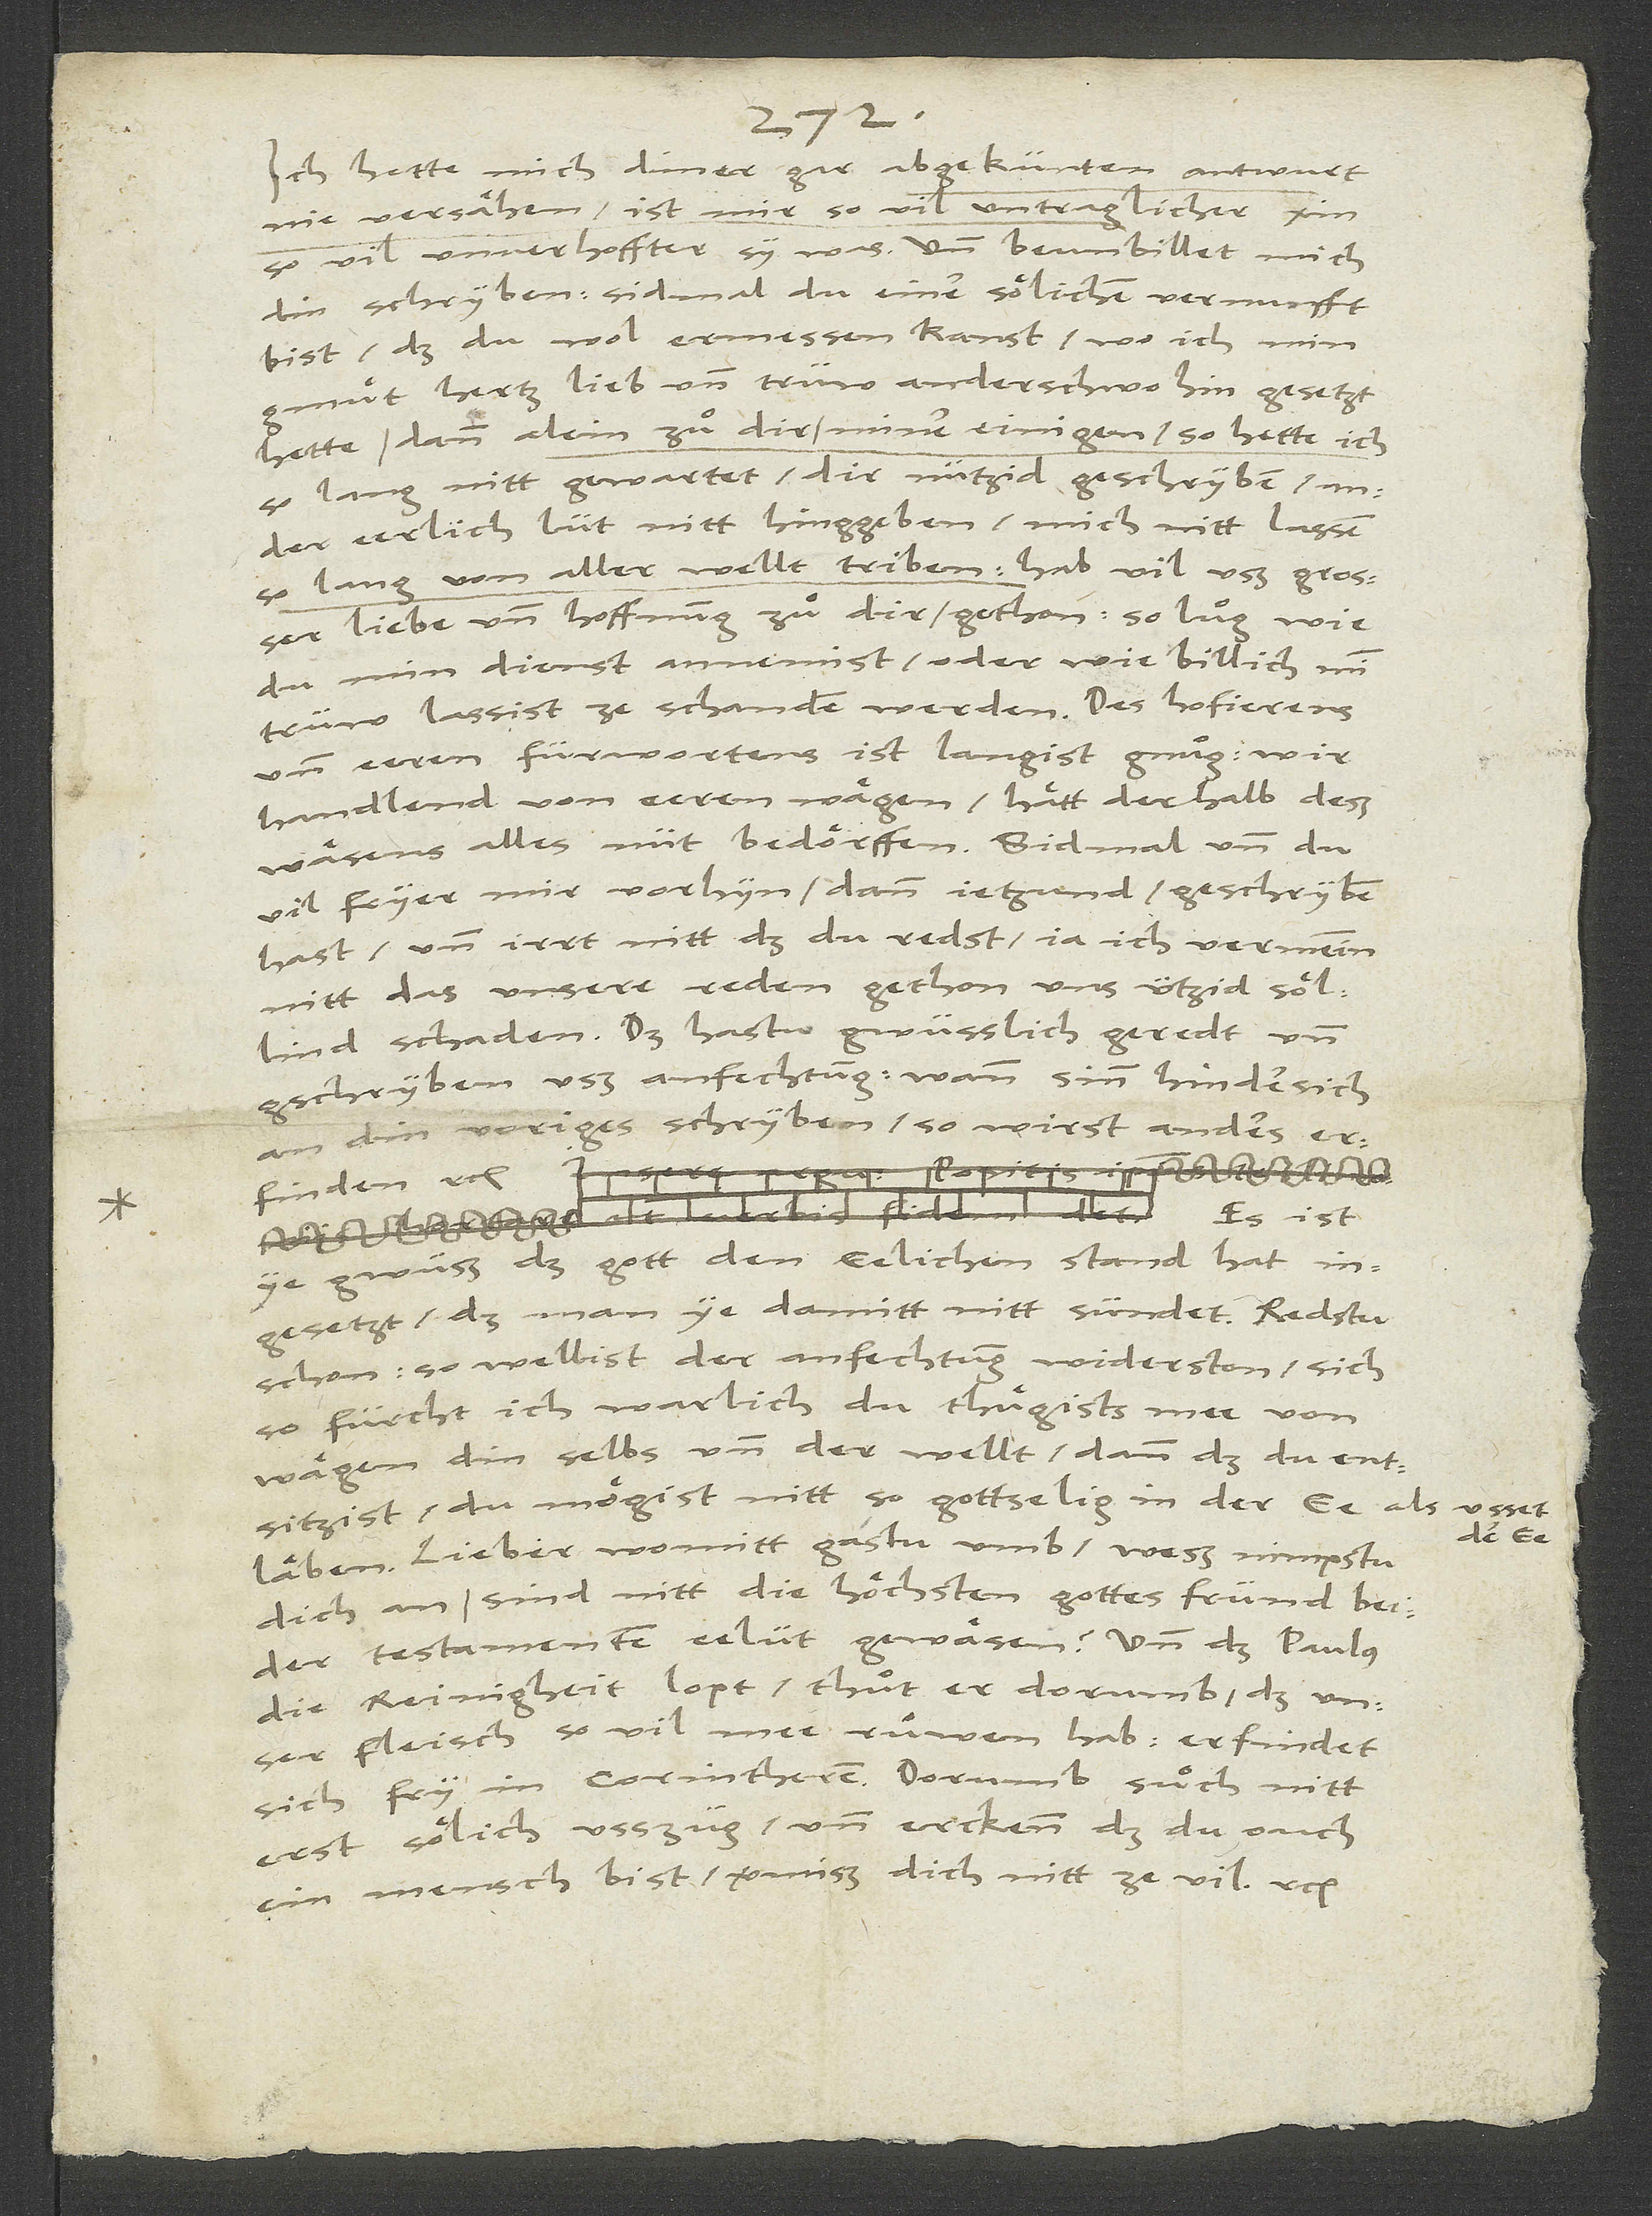
Ich hette mich diner gar abgekünten antwurt
nie versähen, ist mir so vil untraglicher xin,
so vil unverhoffter sy was. Und beunbillet mich
din schryben, sidmal du einer sölichen vernunfft
bist,, daß du wol ermessen kanst: wo ich min
gmuͤt, hertz, lieb und trüw anderschwo hin gesetzt
hette, dann alein zuͦ dir, miner einigen, so hette ich
so lang nitt gewartet, dir nützid geschryben, ander
eerlich lüt nitt hinggeben, mich nitt lassen
liebe und hoffnung zuͤ dir gethon; so luͤg, wie
du min dienst annemist, oder wie billich min
trüw lassist ze schanden werden! Des hofierens
und eeren fürwortens ist langist gnuͤg, wir
handlend von eeren wägen. Hätt derhalb deß
wäsens alles nüt bedörffen, sidmal und du
vil fryer mir vorhyn dann jetzund geschryben
hast, und irrt nitt, daß du redst: «Ja ich vermeinn
nitt, das unsere reden gethon uns ützid söllind
schaden». - Das hastu gwüsslich geredt und
gschryben uß anfechtung; wann sinn hindersich
an din voriges schryben, so wirst anders
erfinden etc.,
Es ist
ye gwüß, daß gott den eelichen stand hat
ingesetzt, daß man ye damitt nitt sündet. Redstu
schon, so wellist der anfechtung widerston, sich,
so fürcht ich warlich, du thuͤgists mee von
wägen din selbs und der welt, dann daß du entsitzist,
mögist nitt so gottselig in der ee als
läben. Lieber, womitt gastu umb, weß nimpstu
dich an? Sind nitt die höchsten gottes fründ .
erst sölich usszüg, und erckenn, daß du ouch
ein mensch bist, vermiß dich nitt ze vil etc.

usset